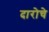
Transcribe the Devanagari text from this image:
दारोचे